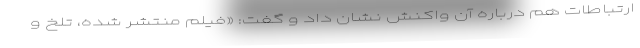
ارتباطات هم درباره آن واکنش نشان داد و گفت: «فیلم منتشر شده، تلخ و